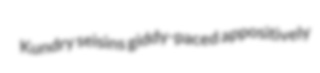
Kundry seisins giddy-paced appositively